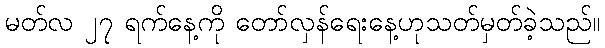
မတ်လ ၂၇ ရက်နေ့ကို တော်လှန်ရေးနေ့ဟုသတ်မှတ်ခဲ့သည်။